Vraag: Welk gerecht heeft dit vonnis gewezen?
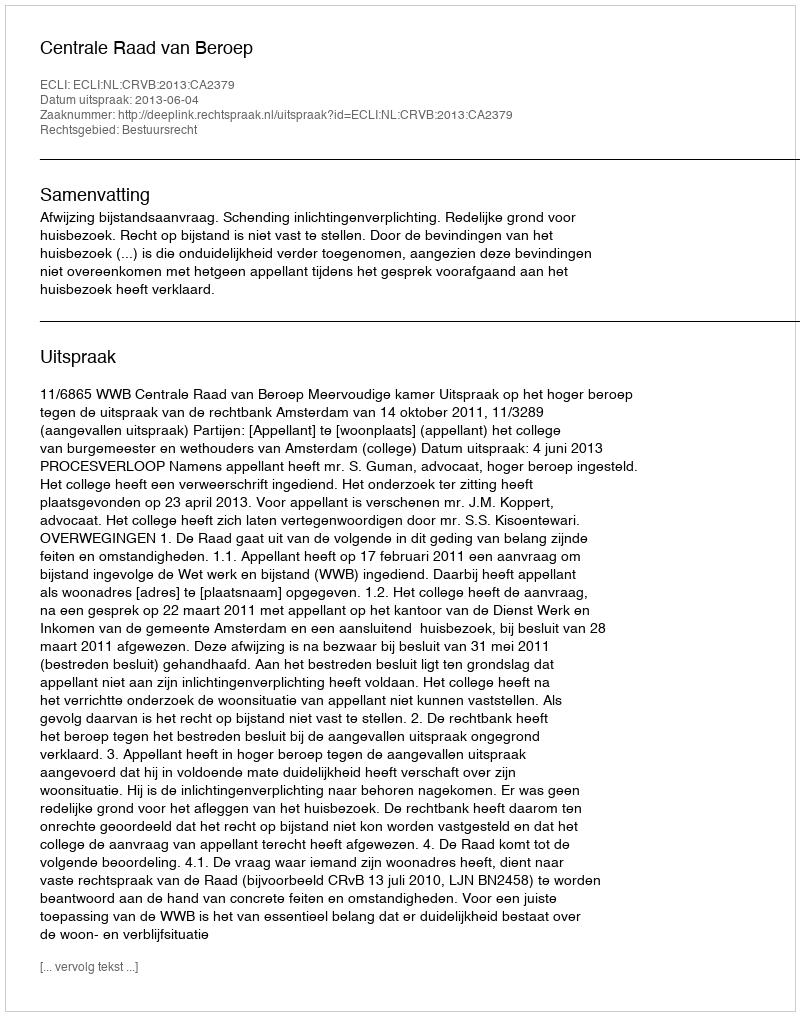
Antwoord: Centrale Raad van Beroep